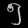
Digit: ၅